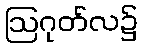
ဩဂုတ်လ၌